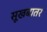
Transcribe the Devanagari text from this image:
सूखबातर